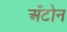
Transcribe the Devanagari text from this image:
अँटोन